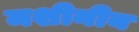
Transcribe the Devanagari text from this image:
मशीनीय